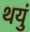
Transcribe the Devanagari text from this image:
थयुं